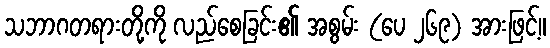
သဘာဂတရားတို့ကို လည်စေခြင်း၏ အစွမ်း (ပေ ၂၆၉) အားဖြင့်။